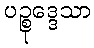
ပဉ္စုဒ္ဒေသာ